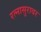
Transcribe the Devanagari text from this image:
रत्नासुरावर